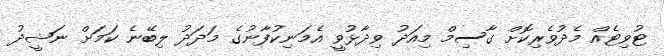
ޓުވިޓެއް މެދުވެރިކޮށް ގާސިމް މިއަދު ވިދާޅުވީ އެމަނިކުފާނުގެ މަދަދު ލިބޭނެ ކަމަށް ނަޝީދު